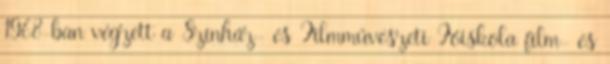
1968-ban végzett a Színház- és Filmművészeti Főiskola film- és